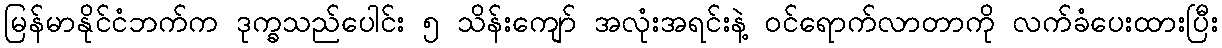
မြန်မာနိုင်ငံဘက်က ဒုက္ခသည်ပေါင်း ၅ သိန်းကျော် အလုံးအရင်းနဲ့ ဝင်ရောက်လာတာကို လက်ခံပေးထားပြီး